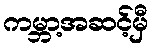
ကမ္ဘာ့အဆင့်မှီ